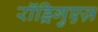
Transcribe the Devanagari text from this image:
रॉड्रिगुएज़